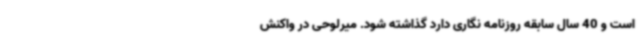
است و 40 سال سابقه روزنامه نگاری دارد گذاشته شود. میرلوحی در واکنش